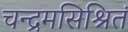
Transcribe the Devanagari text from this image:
चन्द्रमसिश्रितं